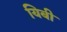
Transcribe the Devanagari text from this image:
यिबी